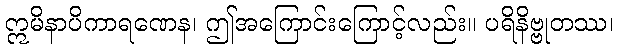
ဣမိနာပိကာရဏေန၊ ဤအကြောင်းကြောင့်လည်း။ ပရိနိဗ္ဗုတဿ၊